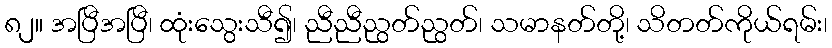
၈၂။ အပြီအပြီ၊ ထုံးသွေးသီ၍၊ ညီညီညွတ်ညွတ်၊ သမာနတ်တို့၊ သိတတ်ကိုယ်ရမ်း၊